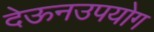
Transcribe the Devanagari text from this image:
देऊनउपयोग